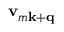
{ \bf v } _ { m \mathbf k + \mathbf q }